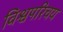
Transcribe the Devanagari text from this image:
विश्वपरिचय